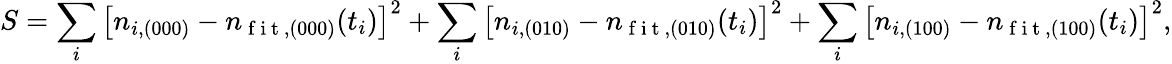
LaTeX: S=\sum_{i}\left[n_{i,(000)}-n_{\mathrm{~f~i~t~},(000)}(t_{i})\right]^{2}+\sum_{i}\left[n_{i,(010)}-n_{\mathrm{~f~i~t~},(010)}(t_{i})\right]^{2}+\sum_{i}\left[n_{i,(100)}-n_{\mathrm{~f~i~t~},(100)}(t_{i})\right]^{2},